Report of the Indian Hemp Drugs Commission, 1894-1895 - Volume I
Year: 1894
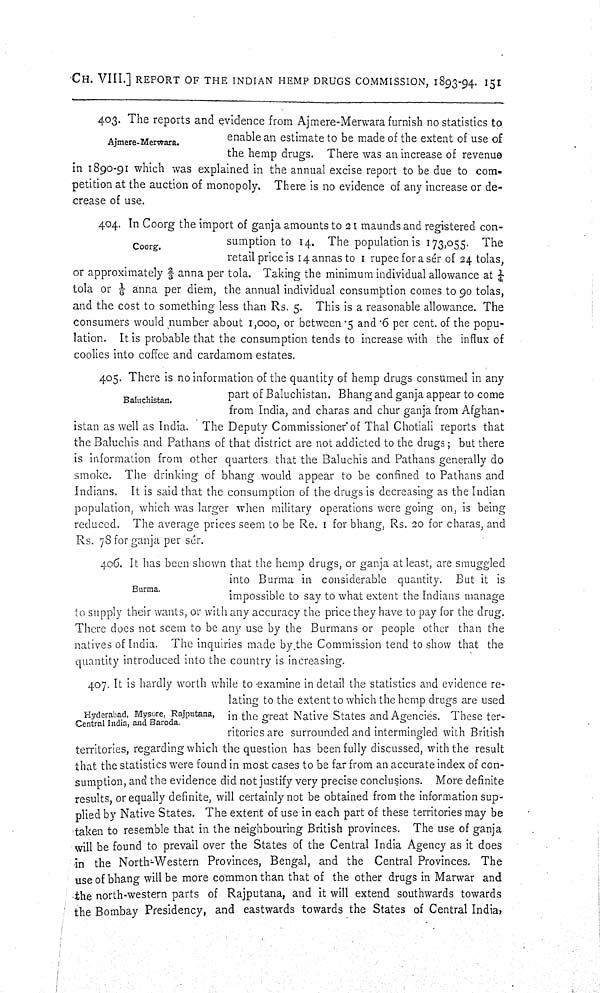
CH. VIII.] REPORT OF THE INDIAN HEMP DRUGS COMMISSION, 1893-94. 151
Ajmere- Merwara.
403. The reports and evidence from Ajmere-Merwara furnish no statistics to
enable an estimate to be made of the extent of use of
the hemp drugs. There was an increase of revenue
in 1890-91 which was explained in the annual excise report to be due to com-
petition at the auction of monopoly. There is no evidence of any increase or de-
crease of use.
Coorg.
404. In Coorg the import of ganja amounts to 21 maunds and registered con-
sumption to 14. The population is 173,055. The
retail price is 14 annas to 1 rupee for a sér of 24 tolas,
or approximately 2/3 anna per tola. Taking the minimum individual allowance at 1/4
tola or 1/6 anna per diem, the annual individual consumption comes to 90 tolas,
and the cost to something less than Rs. 5. This is a reasonable allowance. The
consumers would number about 1,000, or between .5 and .6 per cent. of the popu-
lation. It is probable that the consumption tends to increase with the influx of
coolies into coffee and cardamom estates.
Baluchistan.
405. There is no information of the quantity of hemp drugs consumed in any
part of Baluchistan. Bhang and ganja appear to come
from India, and charas and chur ganja from Afghan-
istan as well as India. The Deputy Commissioner of Thal Chotiali reports that
the Baluchis and Pathans of that district are not addicted to the drugs; but there
is information from other quarters that the Baluchis and Pathans generally do
smoke. The drinking of bhang would appear to be confined to Pathans and
Indians. It is said that the consumption of the drugs is decreasing as the Indian
population, which was larger when military operations were going on, is being
reduced. The average prices seem to be Re. 1 for bhang, Rs. 20 for charas, and
Rs. 78 for ganja per sér.
Burma.
406. It has been shown that the hemp drugs, or ganja at least, are smuggled
into Burma in considerable quantity. But it is
impossible to say to what extent the Indians manage
to supply their wants, or with any accuracy the price they have to pay for the drug.
There does not seem to be any use by the Burmans or people other than the
natives of India. The inquiries made by the Commission tend to show that the
quantity introduced into the country is increasing.
Hyderabad, Mysore, Rajputana,
Central India, and Baroda.
407. It is hardly worth while to examine in detail the statistics and evidence re-
lating to the extent to which the hemp drugs are used
in the great Native States and Agencies. These ter-
ritories are surrounded and intermingled with British
territories, regarding which the question has been fully discussed, with the result
that the statistics were found in most cases to be far from an accurate index of con-
sumption, and the evidence did not justify very precise conclusions. More definite
results, or equally definite, will certainly not be obtained from the information sup-
plied by Native States. The extent of use in each part of these territories may be
taken to resemble that in the neighbouring British provinces. The use of ganja
will be found to prevail over the States of the Central India Agency as it does
in the North-Western Provinces, Bengal, and the Central Provinces. The
use of bhang will be more common than that of the other drugs in Marwar and
the north-western parts of Rajputana, and it will extend southwards towards
the Bombay Presidency, and eastwards towards the States of Central India,